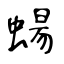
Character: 蝪